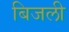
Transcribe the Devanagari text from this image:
बिजली